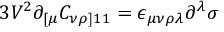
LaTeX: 3 V ^ { 2 } \partial _ { [ \mu } C _ { \nu \rho ] 1 1 } = \epsilon _ { \mu \nu \rho \lambda } \partial ^ { \lambda } \sigma